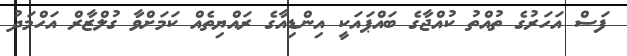
ފަސް އަހަރުގެ ތުއްތު ކުއްޖާގެ ބައްޕައަކީ އިންޑިއާގެ ރައްޔިތެއް ކަމަށްވާ ގުލްޒާރް އަހްމަދު